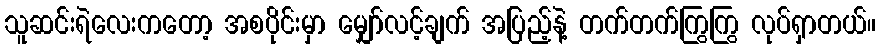
သူဆင်းရဲလေးကတော့ အစပိုင်းမှာ မျှော်လင့်ချက် အပြည့်နဲ့ တက်တက်ကြွကြွ လုပ်ရှာတယ်။